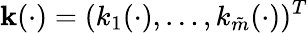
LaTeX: \mathbf k(\cdot)=(k_{1}(\cdot),\dots,k_{\tilde{m}}(\cdot))^{T}